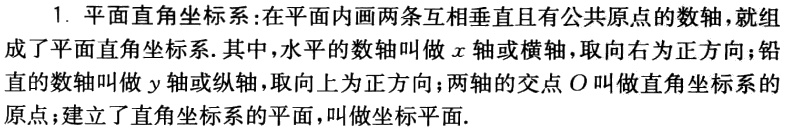
1. 平面直角坐标系：在平面内画两条互相垂直且有公共原点的数轴，就组成了平面直角坐标系. 其中，水平的数轴叫做\(x\)轴或横轴，取向右为正方向；铅直的数轴叫做\(y\)轴或纵轴，取向上为正方向；两轴的交点\(O\)叫做直角坐标系的原点；建立了直角坐标系的平面，叫做坐标平面.